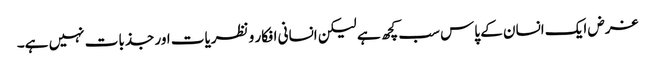
غرض ایک انسان کے پاس سب کچھ ہے لیکن انسانی افکار و نظریات اور جذبات نہیں ہے۔